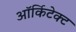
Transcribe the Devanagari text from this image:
ऑर्किटेक्ट